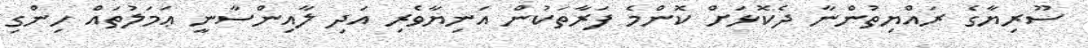
ސޫރިޔާގެ ރައްޔިތުންނާ ދެކޮޅަށް ކޮންމެ ފަރާތަކުން އަނިޔާވެރި އަދި ލާއިންސާނީ ޢަމަލުތައް ހިންގި